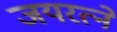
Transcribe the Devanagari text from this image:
जयरत्ने